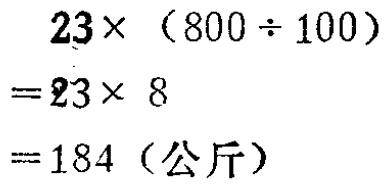
\[
\begin{align*}
&23\times(800\div100)\\
=&23\times8\\
=&184 (\text{公斤})
\end{align*}
\]